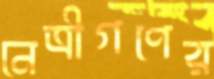
নেত্রীগণের